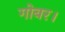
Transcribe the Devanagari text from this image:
गोबर।